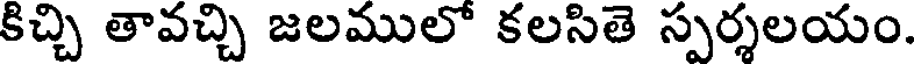
కిచ్చి తావచ్చి జలములో కలసితె స్పర్శలయం.